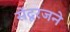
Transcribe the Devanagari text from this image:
सेंदूरजने